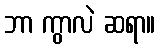
ဘာ ကွာလဲ ဆရာ။